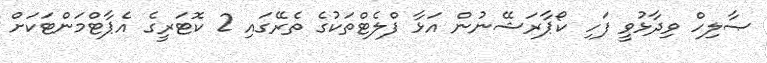
ޞާލިހް ވިދާޅުވީ ފަހި ކޯޕާރަޝޭނުން އަޅާ ފްލެޓްތަކުގެ ތެރޭގައި 2 ކޮޓަރީގެ އެޕާޓްމަންޓަކަށް